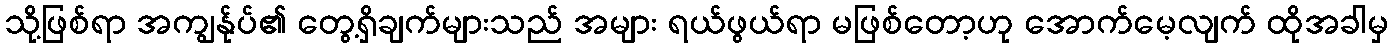
သို့ဖြစ်ရာ အကျွန်ုပ်၏ တွေ့ရှိချက်များသည် အများ ရယ်ဖွယ်ရာ မဖြစ်တော့ဟု အောက်မေ့လျက် ထိုအခါမှ